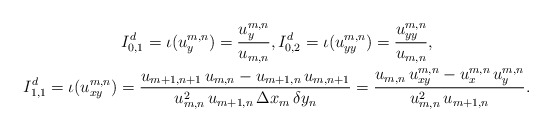
\begin{align*}\begin{gathered}I_{0,1}^d=\iota(u^{m,n}_y)=\frac{u_y^{m,n}}{u_{m,n}},I_{0,2}^d=\iota(u_{yy}^{m,n})=\frac{u_{yy}^{m,n}}{u_{m,n}},\\I_{1,1}^d=\iota(u_{xy}^{m,n})=\frac{u_{m+1,n+1}\, u_{m,n}-u_{m+1,n}\, u_{m,n+1}}{ u_{m,n}^2\,u_{m+1,n}\, \Delta x_m\,\delta y_n} = \frac{u_{m,n}\, u_{xy}^{m,n} - u_x^{m,n}\, u_y^{m,n}}{u_{m,n}^2\, u_{m+1,n}}.\end{gathered}\end{align*}